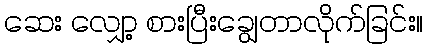
ဆေး လျှော့ စားပြီးချွေတာလိုက်ခြင်း။